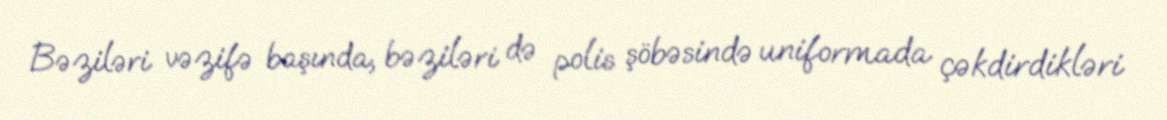
Bəziləri vəzifə başında, bəziləri də polis şöbəsində uniformada çəkdirdikləri